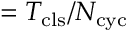
= T _ { \mathrm { c l s } } / N _ { \mathrm { c y c } }